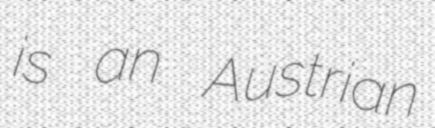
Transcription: is an Austrian